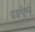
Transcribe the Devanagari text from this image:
घडणीमध्ये